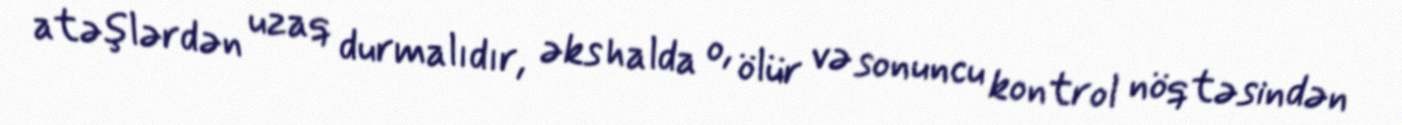
atəşlərdən uzaq durmalıdır, əks halda o, ölür və sonuncu kontrol nöqtəsindən